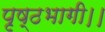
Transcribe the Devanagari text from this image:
पृष्ठभागी।।